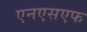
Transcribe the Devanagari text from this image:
एनएसएफ